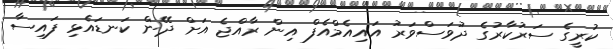
ކުރީގެ ސަރުކާރުގެ ދުވަސްވަރު އައިއެމްއެފް އިން ރާއްޖެ އަށް ދޭން ކަނޑައެޅި ފައިސާ